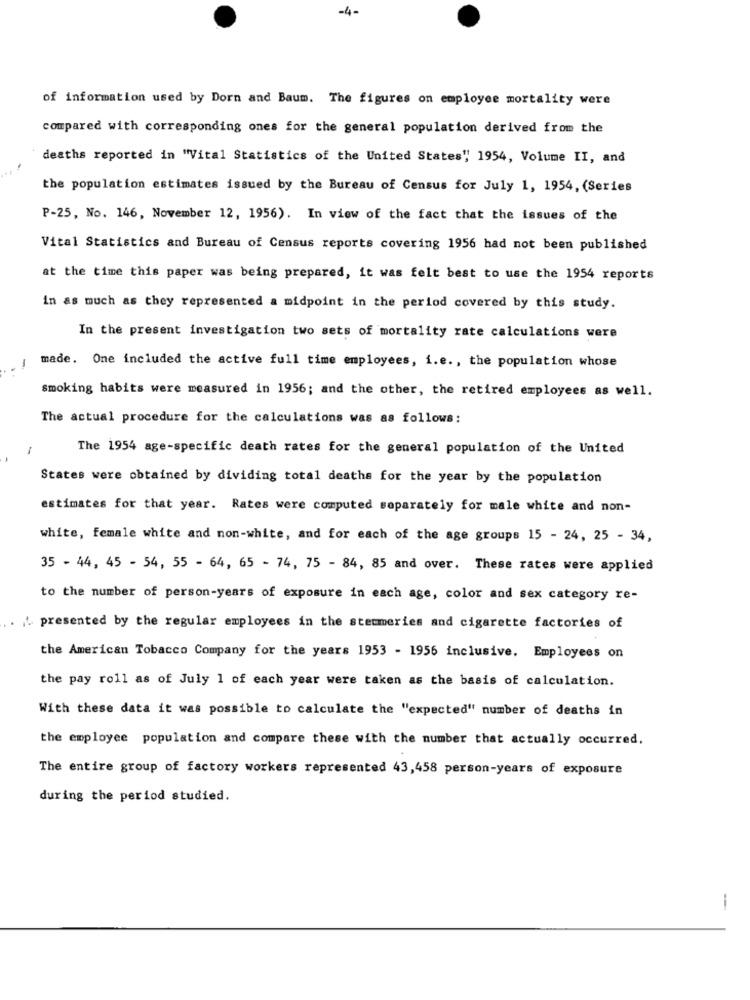
-4-
of information used by Dorn and Baum. The figures on employee mortality were
compared with corresponding ones for the general population derived from the
deaths reported in "Vital Statistics of the United States" 1954, Volume II, and
the population estimates issued by the Bureau of Census for July 1, 1954, (Series
P-25, No. 146, November 12, 1956). In view of the fact that the issues of the
Vital Statistics and Bureau of Census reports covering 1956 had not been published
at the time this paper was being prepared, it was felt best to use the 1954 reports
in as much as they represented a midpoint in the period covered by this study.
In the present investigation two sets of mortality rate calculations were
-
made. One included the active full time employees, i.e ., the population whose
smoking habits were measured in 1956; and the other, the retired employees as well.
The actual procedure for the calculations was as follows:
-
The 1954 age-specific death rates for the general population of the United
States were obtained by dividing total deaths for the year by the population
estimates for that year. Rates were computed separately for male white and non-
white, female white and non-white, and for each of the age groups 15 - 24, 25 - 34,
35 - 44, 45 - 54, 55 - 64, 65 - 74, 75 - 84, 85 and over. These rates were applied
to the number of person-years of exposure in each age, color and sex category re-
. presented by the regular employees in the stecmeries and cigarette factories of
the American Tobacco Company for the years 1953 - 1956 inclusive. Employees on
the pay roll as of July 1 of each year were taken as the basis of calculation.
With these data it was possible to calculate the "expected" number of deaths in
the employee population and compare these with the number that actually occurred.
The entire group of factory workers represented 43,458 person-years of exposure
during the period studied.
--